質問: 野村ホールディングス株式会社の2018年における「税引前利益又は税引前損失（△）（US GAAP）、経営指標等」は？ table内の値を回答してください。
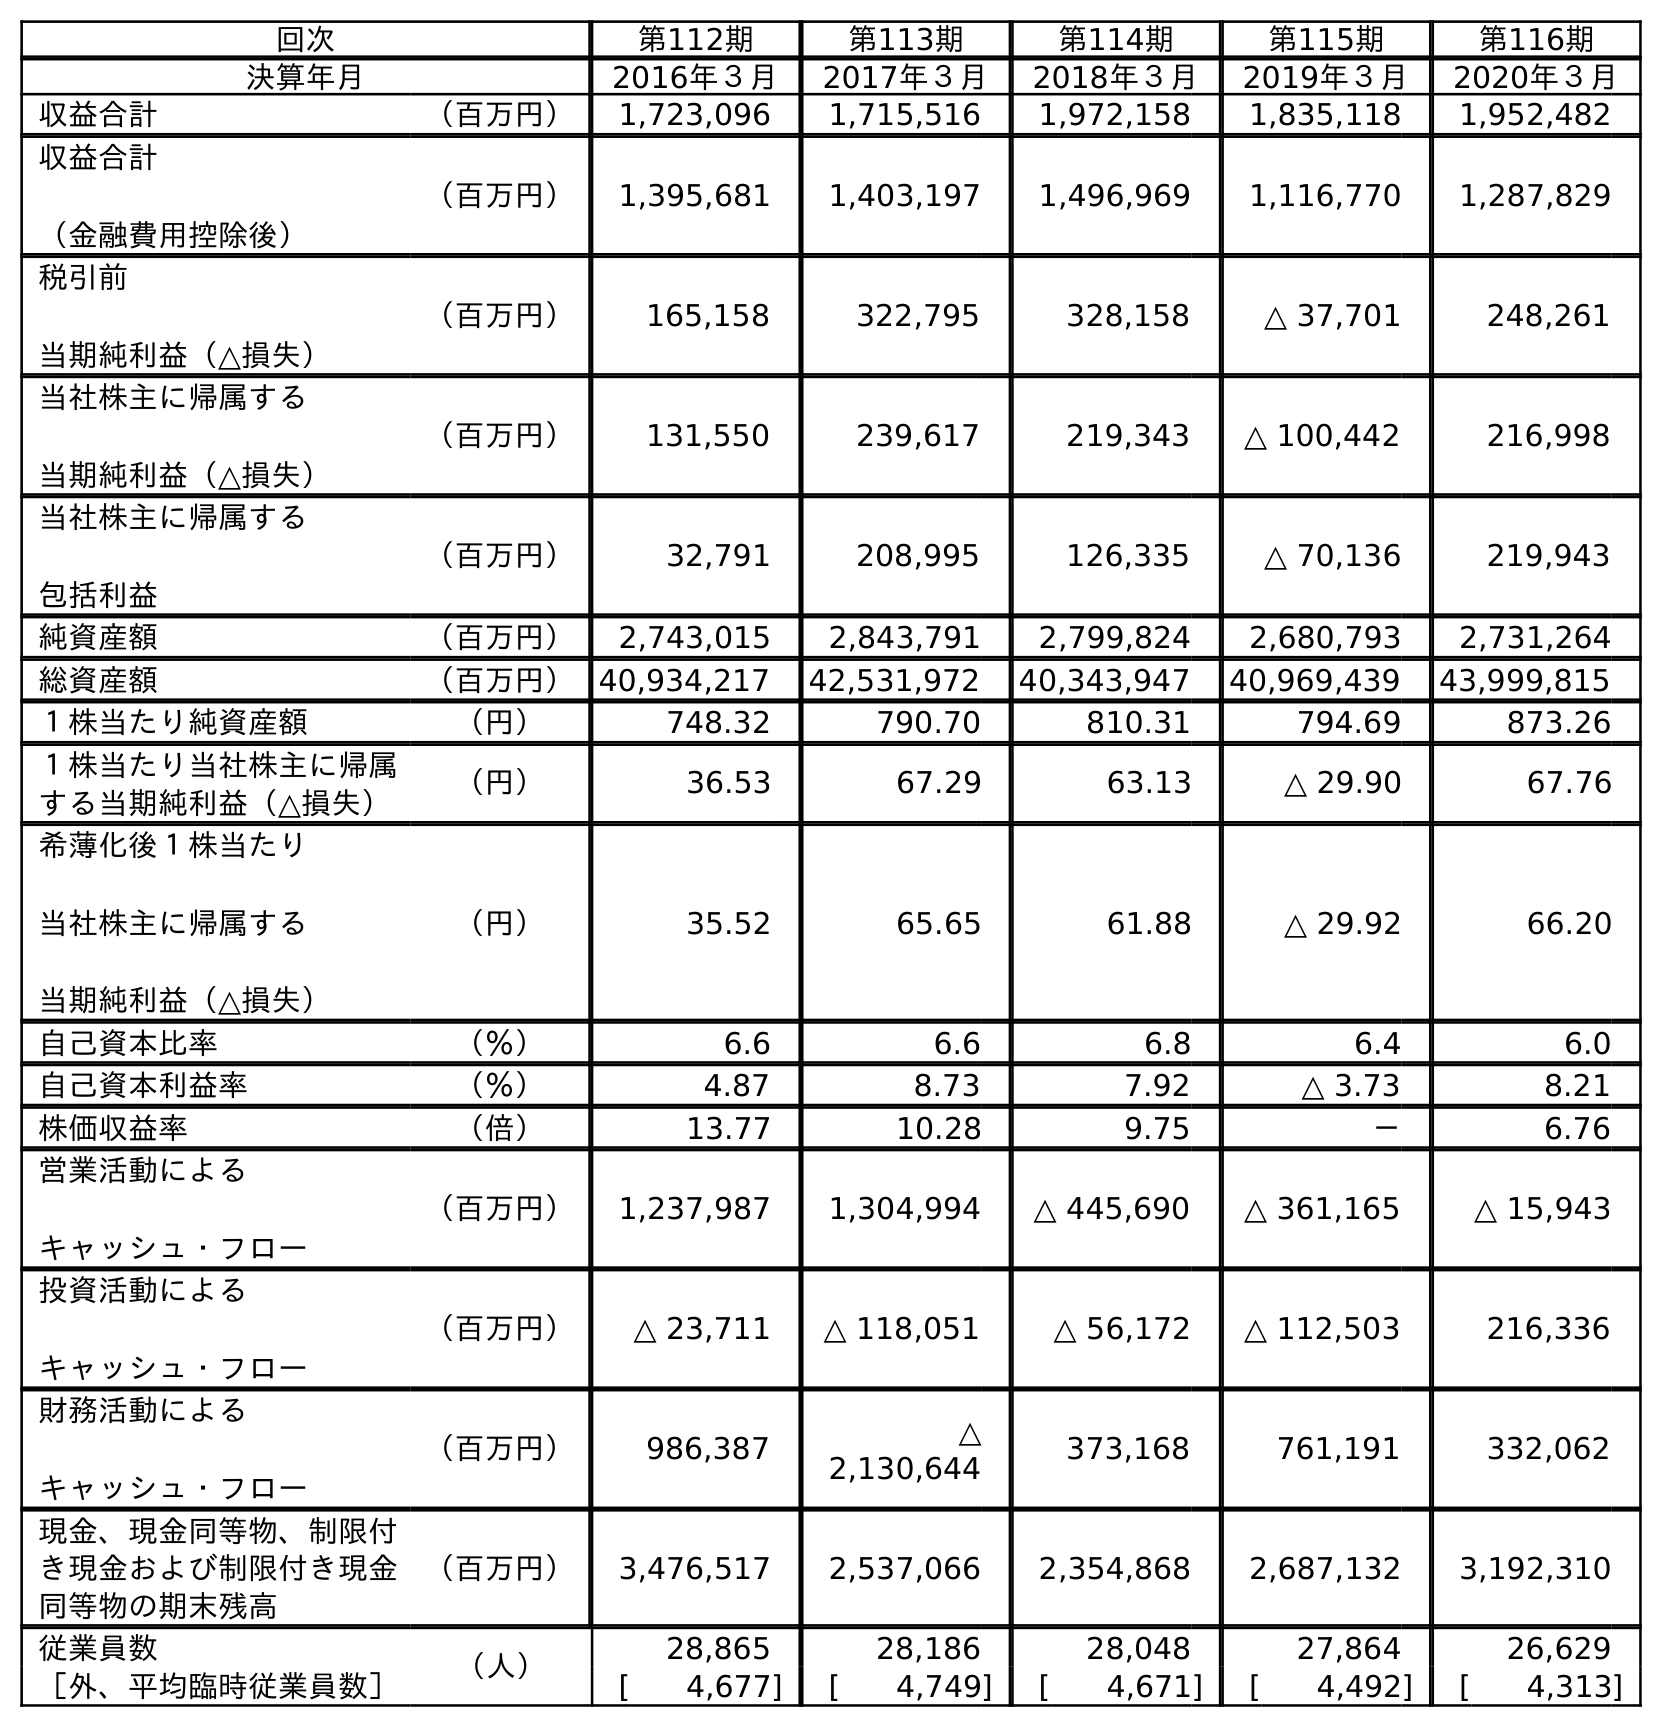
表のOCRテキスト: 回次 第112期 第113期 第114期 第115期 第116期 決算年月 2016年３月 2017年３月 2018年３月 2019年３月 2020年３月 収益合計 （百万円） 1,723,096 1,715,516 1,972,158 1,835,118 1,952,482 収益合計 （金融費用控除後） （百万円） 1,395,681 1,403,197 1,496,969 1,116,770 1,287,829 税引前 当期純利益（△損失） （百万円） 165,158 322,795 328,158 △ 37,701 248,261 当社株主に帰属する 当期純利益（△損失） （百万円） 131,550 239,617 219,343 △ 100,442 216,998 当社株主に帰属する 包括利益 （百万円） 32,791 208,995 126,335 △ 70,136 219,943 純資産額 （百万円） 2,743,015 2,843,791 2,799,824 2,680,793 2,731,264 総資産額 （百万円）40,934,217 42,531,972 40,343,947 40,969,439 43,999,815 １株当たり純資産額 （円） 748.32 790.70 810.31 794.69 873.26 １株当たり当社株主に帰属 する当期純利益（△損失） （円） 36.53 67.29 63.13 △ 29.90 67.76 希薄化後１株当たり 当社株主に帰属する 当期純利益（△損失） （円） 35.52 65.65 61.88 △ 29.92 66.20 自己資本比率 （％） 6.6 6.6 6.8 6.4 6.0 自己資本利益率 （％） 4.87 8.73 7.92 △ 3.73 8.21 株価収益率 （倍） 13.77 10.28 9.75 － 6.76 営業活動による キャッシュ・フロー （百万円） 1,237,987 1,304,994 △ 445,690 △ 361,165 △ 15,943 投資活動による キャッシュ・フロー （百万円） △ 23,711 △ 118,051 △ 56,172 △ 112,503 216,336 財務活動による キャッシュ・フロー （百万円） 986,387 △ 2,130,644 373,168 761,191 332,062 現金、現金同等物、制限付 き現金および制限付き現金 同等物の期末残高 （百万円） 3,476,517 2,537,066 2,354,868 2,687,132 3,192,310 従業員数 （人） 28,865 28,186 28,048 27,864 26,629 ［外、平均臨時従業員数］ [ 4,677] [ 4,749] [ 4,671] [ 4,492] [ 4,313]
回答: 328,158